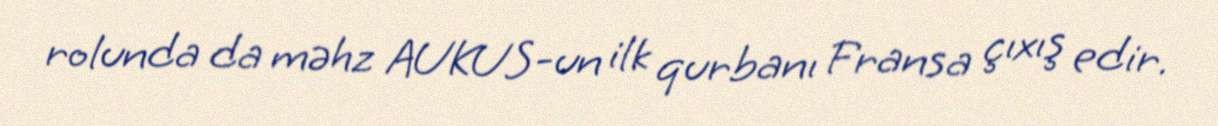
rolunda da məhz AUKUS-un ilk qurbanı Fransa çıxış edir.